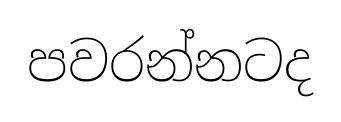
පවරන්නටද